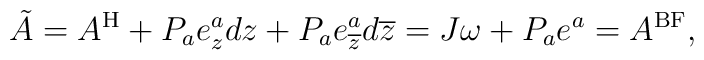
\tilde{A} =  A^{{\rm H}} + P_{a}e^{a}_{z}dz + P_{a}e^{a}_{\overline{z}}d\overline{z}=J\omega + P_{a}e^{a} = A^{{\rm BF}},